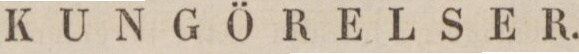
KUNGÖRELSER.